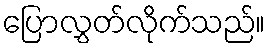
ပြောလွှတ်လိုက်သည်။